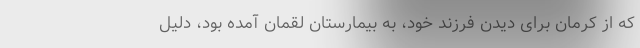
که از کرمان برای دیدن فرزند خود، به بیمارستان لقمان آمده بود، دلیل